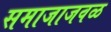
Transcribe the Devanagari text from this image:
समाजाजवळ